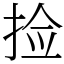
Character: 捡